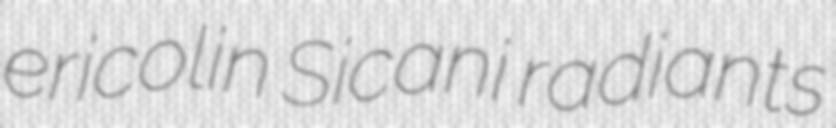
ericolin Sicani radiants